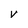
Character: V